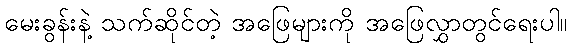
မေးခွန်းနဲ့ သက်ဆိုင်တဲ့ အဖြေများကို အဖြေလွှာတွင်ရေးပါ။